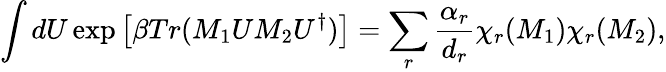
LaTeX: \int dU\exp\left[\beta Tr(M_{1}UM_{2}U^{\dagger})\right]=\sum_{r}\frac{\alpha_{r}}{d_{r}}\chi_{r}(M_{1})\chi_{r}(M_{2}),